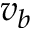
v _ { b }